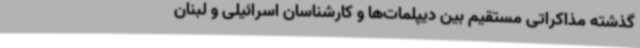
گذشته مذاکراتی مستقیم بین دیپلمات‌ها و کارشناسان اسرائیلی و لبنان